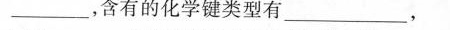
____，含有的化学键类型有_____，